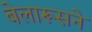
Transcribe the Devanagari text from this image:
बेलारूसने